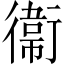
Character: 衞